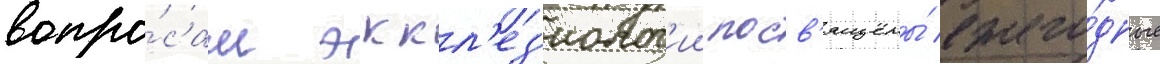
вопро́сам эккл'ез'иолог'ии посв'ящены́ ежего́дные